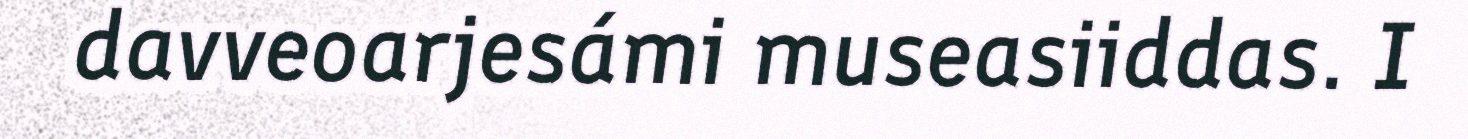
davveoarjesámi museasiiddas. I